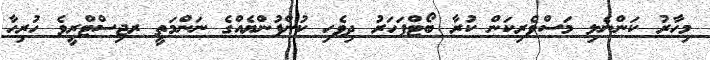
މިހާރު ކަންނެލި މަސްވެރިކަން ކުރާ ބޯޓްފަހަރު ދިވެހި ކުންފުންޔެއްގެ ނަންމަތީ ރޖިސްޓްރީވެ ހުރިހާ